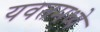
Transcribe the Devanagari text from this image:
यवतमध्ये